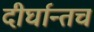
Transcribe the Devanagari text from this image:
दीर्घान्तच